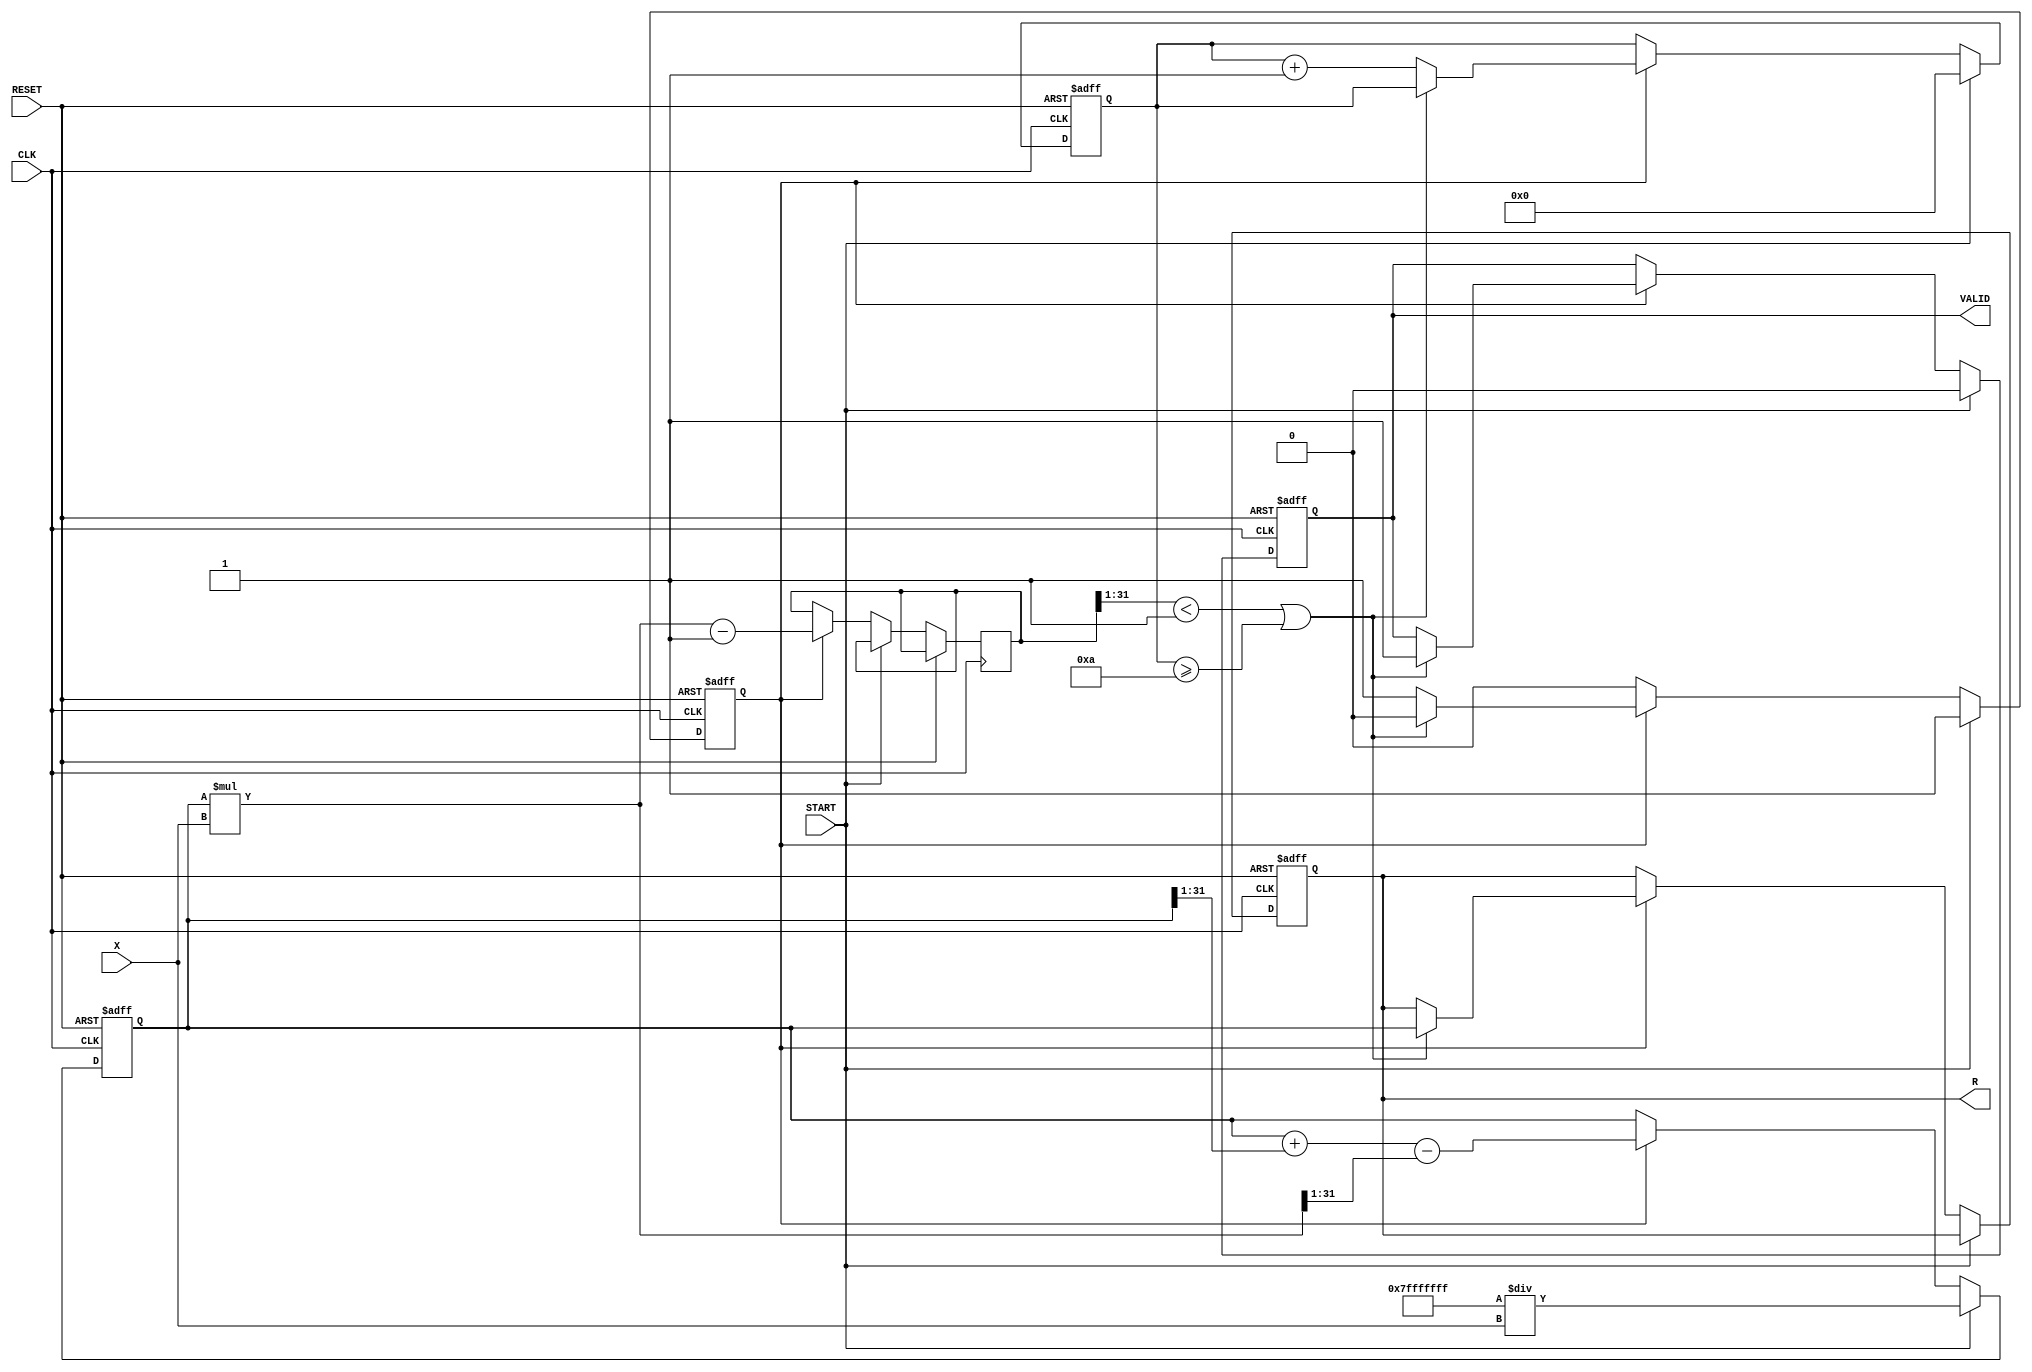
module IterativeReciprocal (
    input wire [31:0] X,         // Input value (Q1.31 format)
    input wire START,            // Start signal
    input wire CLK,              // Clock signal
    input wire RESET,            // Asynchronous reset
    output reg [31:0] R,         // Reciprocal result (Q1.31 format)
    output reg VALID             // Valid signal
);

    // Internal parameters
    parameter MAX_ITERATIONS = 10; // Maximum number of iterations
    parameter THRESHOLD = 32'h00000001; // Convergence threshold (adjust as needed)

    // Internal registers
    reg [31:0] iter_reg;          // Current approximation of reciprocal
    reg [31:0] multiplier_out;    // Output of the multiplier
    reg [31:0] difference;        // Difference for convergence check
    reg [3:0] iteration_count;    // Iteration counter
    reg computing;                // Flag to indicate if computing

    // Multiplier and Subtractor
    wire [31:0] mult_result;
    wire [31:0] sub_result;

    assign mult_result = iter_reg * X; // Multiply current approximation with input
    assign sub_result = mult_result - 32'h00000001; // Subtract 1 from the product

    always @(posedge CLK or posedge RESET) begin
        if (RESET) begin
            R <= 32'h00000000; // Initialize output
            VALID <= 1'b0;     // Output not valid
            iter_reg <= 32'h00000000; // Reset iteration register
            iteration_count <= 4'b0000; // Reset iteration count
            computing <= 1'b0; // Reset computing flag
        end else begin
            if (START) begin
                // Initialize the iteration process
                iter_reg <= 32'h7FFFFFFF / X; // Initial guess (1/X)
                iteration_count <= 4'b0000; // Reset iteration count
                computing <= 1'b1; // Start computing
                VALID <= 1'b0; // Output not valid yet
            end else if (computing) begin
                // Perform iterative computation
                iter_reg <= iter_reg + (iter_reg >> 1) - (mult_result >> 1); // Newton-Raphson update
                difference <= sub_result;

                // Check for convergence
                if (difference[31:1] < THRESHOLD || iteration_count >= MAX_ITERATIONS) begin
                    R <= iter_reg; // Set result
                    VALID <= 1'b1; // Indicate result is valid
                    computing <= 1'b0; // Stop computing
                end else begin
                    iteration_count <= iteration_count + 1; // Increment iteration count
                end
            end
        end
    end

endmodule